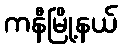
ကနီမြို့နယ်